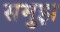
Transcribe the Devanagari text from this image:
समुझ